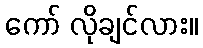
ကော် လိုချင်လား။